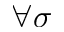
\forall \sigma